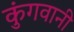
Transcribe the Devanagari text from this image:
कुंगवानी